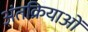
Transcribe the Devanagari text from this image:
अंतक्रियाओं